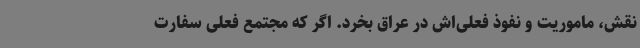
نقش، ماموریت و نفوذ فعلی‌اش در عراق بخرد. اگر که مجتمع فعلی سفارت